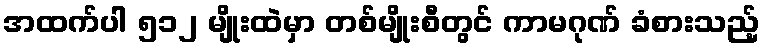
အထက်ပါ ၅၁၂ မျိုးထဲမှာ တစ်မျိုးစီတွင် ကာမဂုဏ် ခံစားသည့်